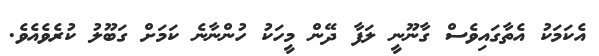
އެކަމަކު އެތާގައިވެސް ގާނޫނީ ލަފާ ދޭން މީހަކު ހުންނާނެ ކަމަށް ގަބޫލު ކުރެވެއެވެ.